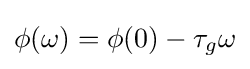
\phi (\omega )=\phi (0)-\tau _{g}\omega